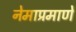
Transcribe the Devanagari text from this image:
नेमाप्रमाणे